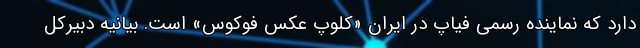
دارد که نماینده رسمی فیاپ در ایران «کلوپ عکس فوکوس» است. بیانیه دبیرکل